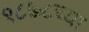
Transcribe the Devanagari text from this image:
१८७८च्या